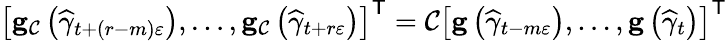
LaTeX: \left[\mathbf{g}_{\mathcal{C}}\left(\widehat{\gamma}_{t+\left(r-m\right)\varepsilon}\right),\ldots,\mathbf{g}_{\mathcal{C}}\left(\widehat{\gamma}_{t+r\varepsilon}\right)\right]^{\mathsf{T}}=\mathcal{C}\left[\mathbf{g}\left(\widehat{\gamma}_{t-m\varepsilon}\right),\ldots,\mathbf{g}\left(\widehat{\gamma}_{t}\right)\right]^{\mathsf{T}}